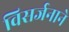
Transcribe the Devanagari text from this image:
विसर्जनाने